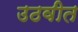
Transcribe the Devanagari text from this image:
उठवीत